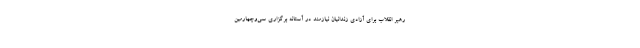
رهبر انقلاب برای آزادی زندانیان نیازمند در آستانه برگزاری سی‌وچهارمین